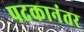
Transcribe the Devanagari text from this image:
पदकानंतर